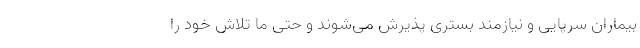
بیماران سرپایی و نیازمند بستری پذیرش می‌شوند و حتی ما تلاش خود را